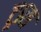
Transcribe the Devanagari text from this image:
ट्रास